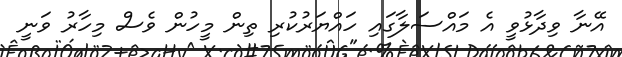
އޭނާ ވިދާޅުވީ އެ މައްސަލާގައި ހައްޔަރުކުރި ތިން މީހުން ވެސް މިހާރު ވަނީ